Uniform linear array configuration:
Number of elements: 32
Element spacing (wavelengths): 0.75
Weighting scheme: uniform
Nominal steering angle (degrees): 60
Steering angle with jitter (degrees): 58.461
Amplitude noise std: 0.05
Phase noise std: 0.05

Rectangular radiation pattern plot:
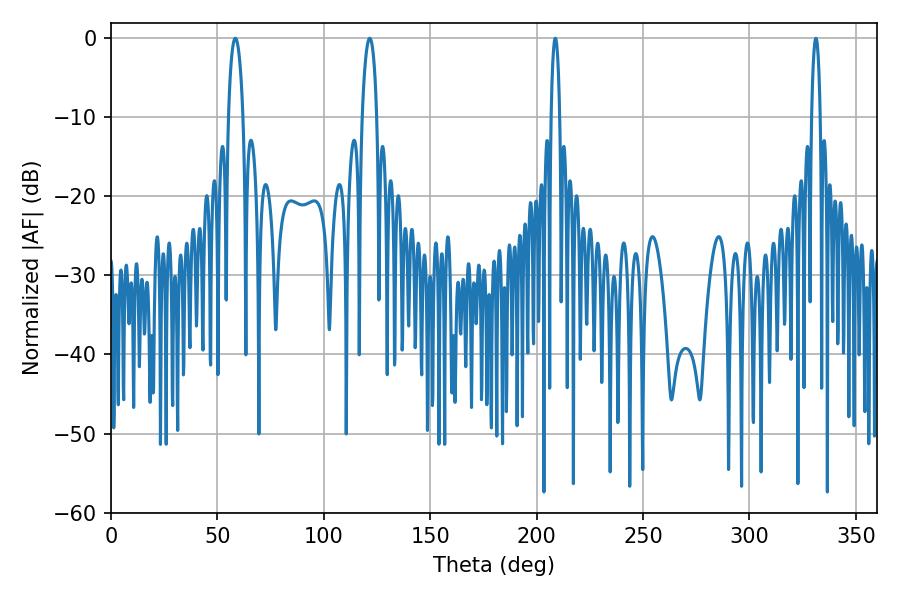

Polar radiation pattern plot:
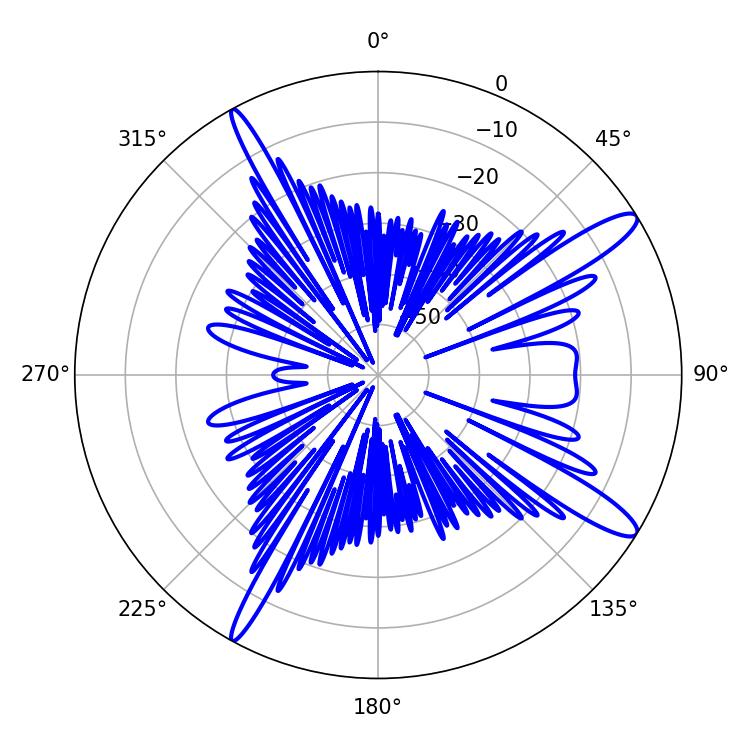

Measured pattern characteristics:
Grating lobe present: TRUE
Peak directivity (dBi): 13.455
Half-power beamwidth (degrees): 2.16
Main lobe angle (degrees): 331.2